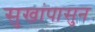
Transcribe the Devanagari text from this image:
सुखांपासुन